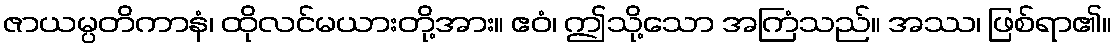
ဇာယမ္ပတိကာနံ၊ ထိုလင်မယားတို့အား။ ဧဝံ၊ ဤသို့သော အကြံသည်။ အဿ၊ ဖြစ်ရာ၏။